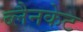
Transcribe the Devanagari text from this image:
ब्लैनकेट